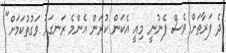
ދެ ފަރާތަށް ވެސް ފެނުނީ މިއީ އެކަން ކުރަން އެންމެ ރަނގަޅު ވަގުތުކަމަށް"